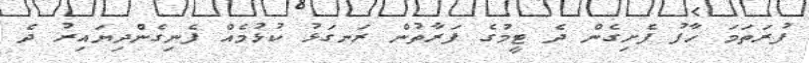
ފުރަތަމަ ހާފު ފެށިގެން ދެ ޓީމުގެ ފަރާތުން ރަނގަޅު ކުޅުމެއް ފެނިގެންދިޔައިރު ދެ